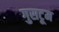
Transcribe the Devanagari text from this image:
गुसटूम